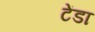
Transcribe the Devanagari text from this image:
टेंडा